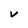
Character: V